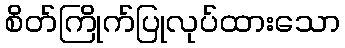
စိတ်ကြိုက်ပြုလုပ်ထားသော